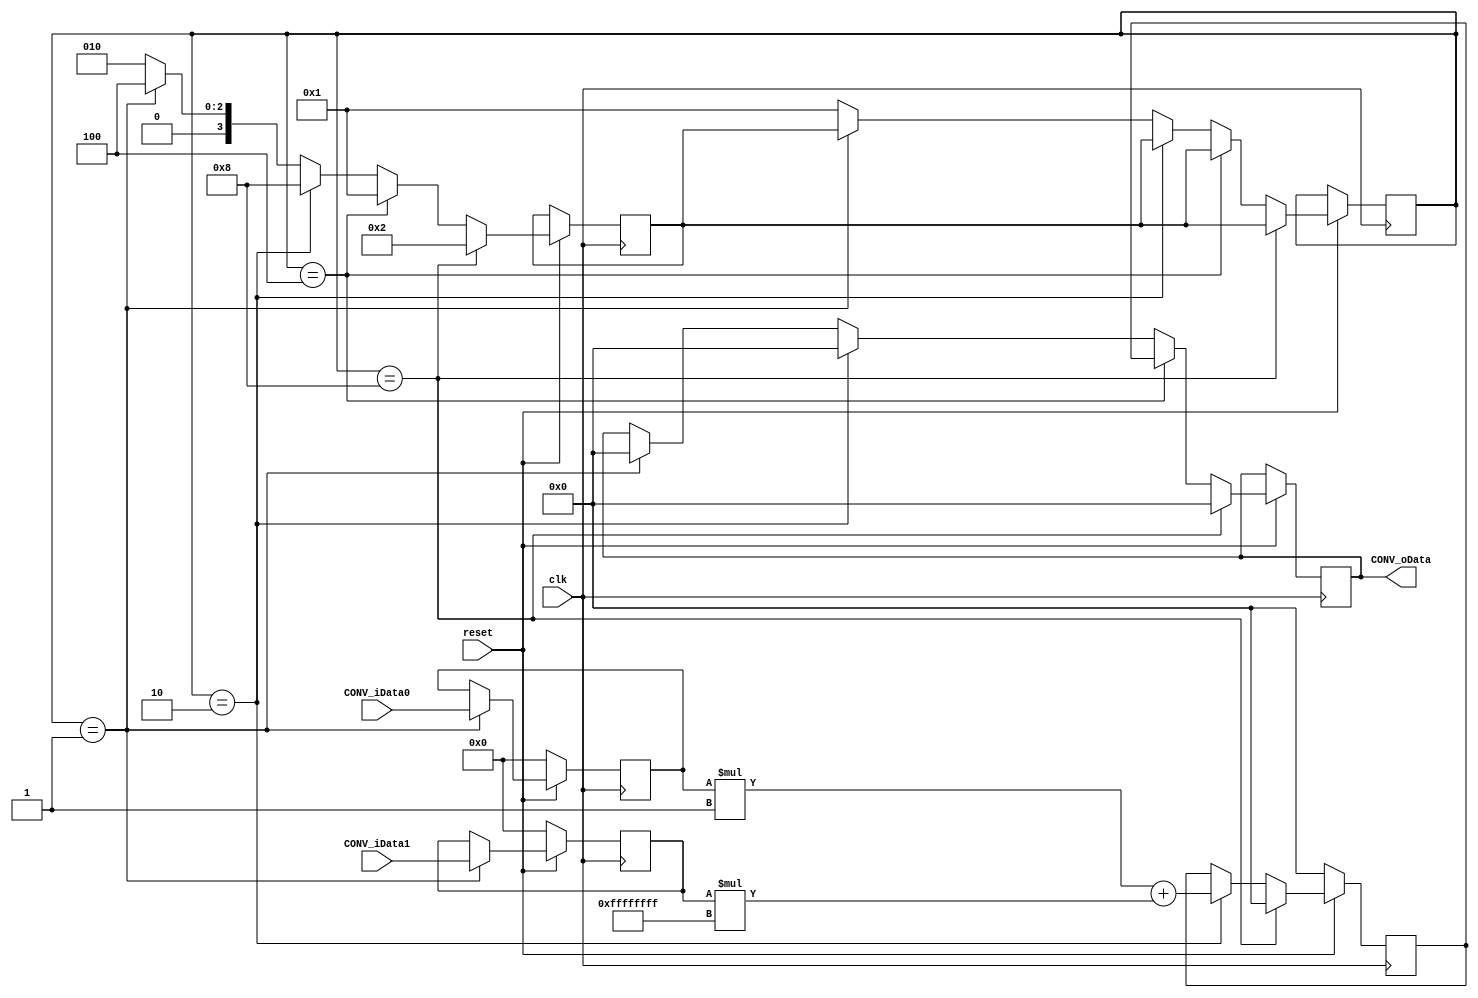
module CONV(
 input  reset, // ,   
 input  clk, // 
 input wire signed [7: 0] CONV_iData0, //  
 input wire signed [7: 0] CONV_iData1, //  
 output reg signed [8: 0] CONV_oData //  
);
 
parameter LengthOfConv = 8;  //  
parameter InState =   4'b0001,
          ConvState = 4'b0010,
		  OutState =  4'b0100,
		  ClrState =  4'b1000;
 
 //    
reg [7:0] CONV_iData0reg;//[LengthOfConv - 1:0];
reg [7:0] CONV_iData1reg;//[LengthOfConv - 1:0];
reg [8:0] CONV_oDatareg;//[2*LengthOfConv - 2:0];

reg [7:0] CONV_iD0; //[LengthOfConv - 1:0];
reg [7:0] CONV_iD1; //[LengthOfConv - 1:0];

// reg rust;
 
// reg [7: 0] index0;
// reg [7: 0] index1; //       
 
// reg [7: 0] index_input; //  
// reg [7: 0] index_conv;
// reg [7: 0] index_conv2; //  
// reg [7:0]  index_convs; //index_convs<=index_conv2 + index_conv;
// reg [7: 0] index_output; //   u
// reg [7: 0] index_clr; //  
 
reg [3:0] state,nextstate;
 
initial
	 begin
        // index_convs <= 0;
		// index0 <= 0;
		// index1 <= 0;
		// index_input <= 8'b0;
		// index_conv	<= 8'b0;		
		// index_conv2 <= 8'b0;
		// index_output<= 8'b0;
		// index_clr <= 8'b0;  
		// state <= InState;
		// nextstate <= ConvState;
	end
 always @ (posedge clk) //   ,        
begin
	if(reset == 0)
	begin
		CONV_iData0reg <= 8'b0;
		CONV_iData1reg <= 8'b0;
		CONV_oDatareg <= 9'b0;
		// index_convs <= 0;
		// index0 <= 0;
		// index1 <= 0;
		// index_input <= 8'b0;
		// index_conv	<= 8'b0;		
		// index_conv2 <= 8'b0;
		// index_output<= 8'b0;
		// index_clr <= 8'b0;  
		// //state <= InState;
		// //nextstate <= ConvState;
	    CONV_iD0 <= 8'b0;
        CONV_iD1 <= 8'b0;
		
	end
	else
	begin
		state <= InState;
		nextstate <= ConvState;
		 if (state == InState) //  
		begin
			
				CONV_iData0reg <= CONV_iData0;
				CONV_iData1reg <= CONV_iData1;
				
				 CONV_oData <= 0; //    ,    0
			
				state <= nextstate;
				nextstate  <= OutState;
			
		end
		 if (state == ConvState) //  
		    begin
			  CONV_oData <= 0; //    ,    0
			    CONV_oDatareg<= CONV_iData0reg*(1) + CONV_iData1reg*(-1);
				 CONV_iD0<=CONV_iData0reg*(1);
                 CONV_iD1<=CONV_iData1reg*(-1);
				state <= nextstate;
				nextstate  <= ClrState;
			end
		 
		 if (state == OutState) //  
		begin
			CONV_oData <= CONV_oDatareg;//CONV_oData <= CONV_oDatareg[index_output];
			
				state <= nextstate;
				nextstate  <= InState;
					
		end 
		 if (state == ClrState) //  
		begin
			 CONV_oData <= 0; //    ,    0
			CONV_oDatareg <= 0;
			
			
				state <= nextstate;
				nextstate  <= ConvState;
						
		end 
	end
end
endmodule

// module top
// (
//     input  [1:0] key_sw,
//     output [1:0] led
// );

//     wire a = ~ key_sw [0];
//     wire b = ~ key_sw [1];
    
//     wire result = a ^ b;

//     assign led [0] = ~ result;
    
//     assign led [1] = ~ (~ key_sw [0] ^ ~ key_sw [1]);

// endmodule